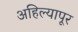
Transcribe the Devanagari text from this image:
अहिल्यापूर